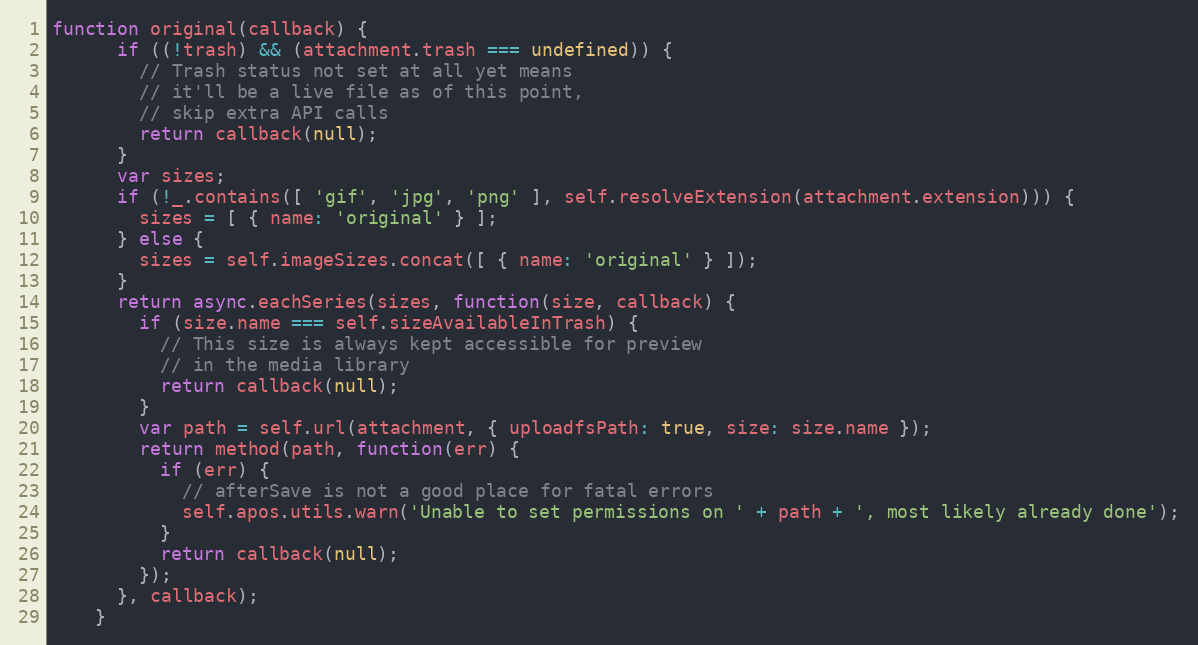
Language: JavaScript
function original(callback) {
      if ((!trash) && (attachment.trash === undefined)) {
        // Trash status not set at all yet means
        // it'll be a live file as of this point,
        // skip extra API calls
        return callback(null);
      }
      var sizes;
      if (!_.contains([ 'gif', 'jpg', 'png' ], self.resolveExtension(attachment.extension))) {
        sizes = [ { name: 'original' } ];
      } else {
        sizes = self.imageSizes.concat([ { name: 'original' } ]);
      }
      return async.eachSeries(sizes, function(size, callback) {
        if (size.name === self.sizeAvailableInTrash) {
          // This size is always kept accessible for preview
          // in the media library
          return callback(null);
        }
        var path = self.url(attachment, { uploadfsPath: true, size: size.name });
        return method(path, function(err) {
          if (err) {
            // afterSave is not a good place for fatal errors
            self.apos.utils.warn('Unable to set permissions on ' + path + ', most likely already done');
          }
          return callback(null);
        });
      }, callback);
    }